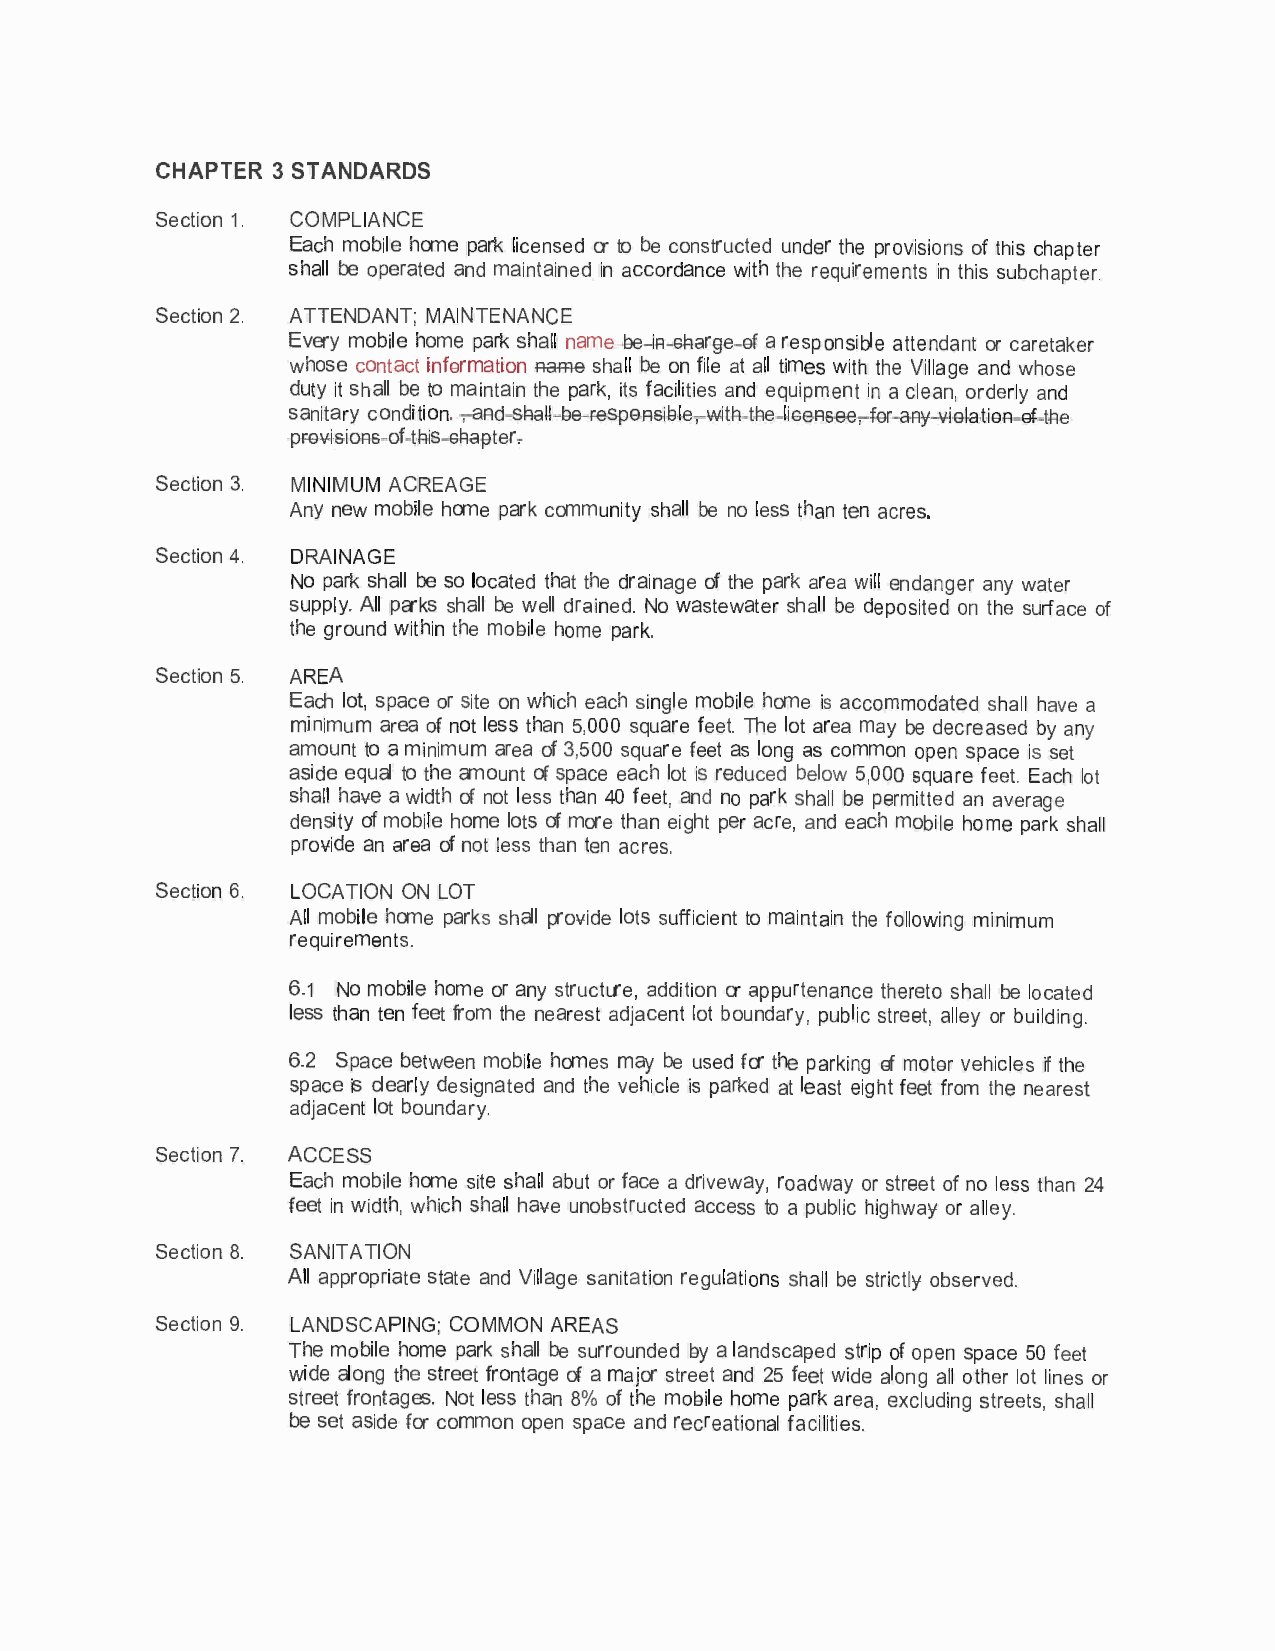
CHAPTER 3 STANDARDS
 Section 1. COMPLIANCE
 Each mobile home park licensed or to be constructed under the provisions of this chapter
 shall be operated and maintained in accordance with the requirements in this subchapter.
 Section 2. ATTENDANT; MAINTENANCE
 Every mobile home park shall name be ia sharge of a responsible attendant or caretaker
 whose contact information Aame shall be on file at all times with the Village and whose
 duty it shall be to maintain the park, its facilities and equipment in a clean, orderly and
 sanitary condition. , aad shall be respoasible, with the liseasee, for aay violatioR of the
 provisioas of this shapter.
 Section 3. MINIMUM ACREAGE
 Any new mobile home park community shall be no less than ten acres.
 Section 4. DRAINAGE
 No park shall be so located that the drainage of the park area will endanger any water
 supply. All parks shall be well drained. No wastewater shall be deposited on the surface of
 the ground within the mobile home park.
 Section 5. AREA
 Each lot, space or site on which each single mobile home is accommodated shall have a
 minimum area of not less than 5,000 square feet. The lot area may be decreased by any
 amount to a minimum area of 3,500 square feet as long as common open space is set
 aside equal to the amount of space each lot is reduced below 5,000 square feet. Each lot
 shall have a width of not less than 40 feet, and no park shall be permitted an average
 density of mobile home lots of more than eight per acre, and each mobile home park shall
 provide an area of not less than ten acres.
 Section 6. LOCATION ON LOT
 All mobile home parks shall provide lots sufficient to maintain the following minimum
 requirements.
 6.1 No mobile home or any structure, addition or appurtenance thereto shall be located
 less than ten feet from the nearest adjacent lot boundary, public street, alley or building.
 6.2 Space between mobile homes may be used for the parking of motor vehicles if the
 space is clearly designated and the vehicle is parked at least eight feet from the nearest
 adjacent lot boundary.
 Section 7. ACCESS
 Each mobile home site shall abut or face a driveway, roadway or street of no less than 24
 feet in width, which shall have unobstructed access to a public highway or alley.
 Section 8. SANITATION
 All appropriate state and Village sanitation regulations shall be strictly observed.
 Section 9. LANDSCAPING; COMMON AREAS
 The mobile home park shall be surrounded by a landscaped strip of open space 50 feet
 wide along the street frontage of a major street and 25 feet wide along all other lot lines or
 street frontages. Not less than 8% of the mobile home park area, excluding streets, shall
 be set aside for common open space and recreational facilities.